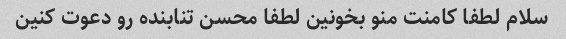
سلام لطفا کامنت منو بخونین لطفا محسن تنابنده رو دعوت کنین